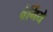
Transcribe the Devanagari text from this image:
वेर्गिये